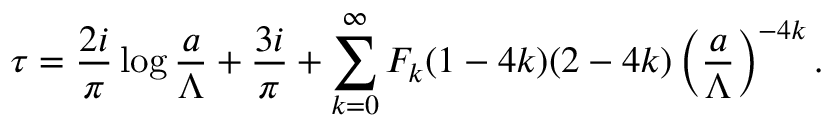
\tau = { \frac { 2 i } { \pi } } \log { \frac { a } { \Lambda } } + { \frac { 3 i } { \pi } } + \sum _ { k = 0 } ^ { \infty } { \cal F } _ { k } ( 1 - 4 k ) ( 2 - 4 k ) \left( { \frac { a } { \Lambda } } \right) ^ { - 4 k } .